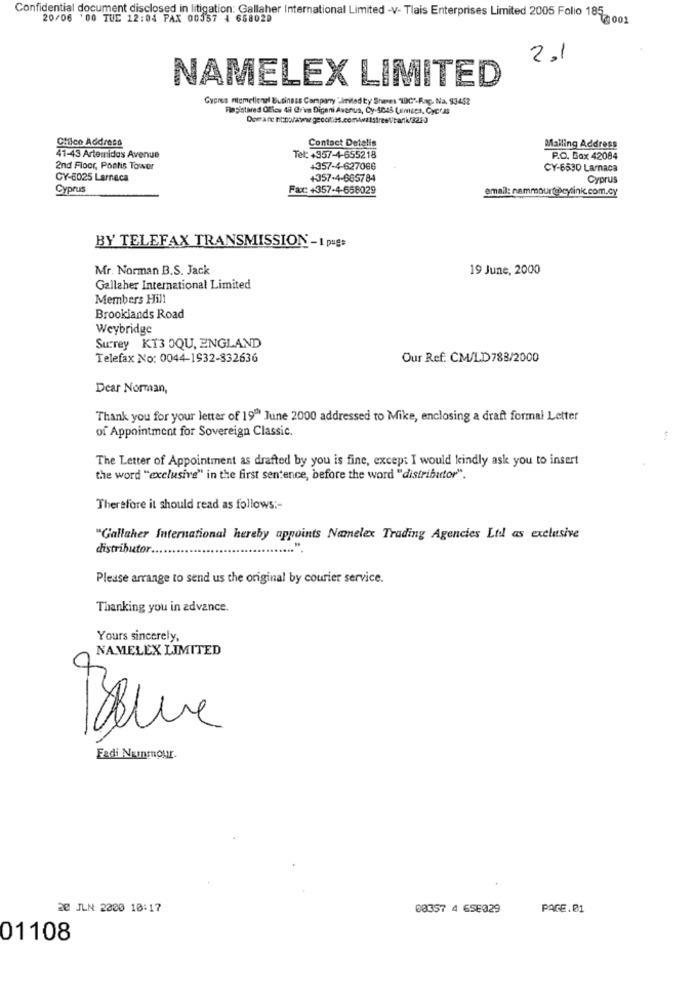
Confidential document disclosed in litigation: Gallaher International Limited -V- Tlais Enterprises Limited 2005 Folio 185
20/06 :00 TUE 12:04 PAX 00557 4 658029
2.1
NAMELEX LIMITED
Cypress ntemelleri Business Company "limited by Shees 100'-Rap. Na. 93452
Registared Clics 48 Grima Digani Avanus, Cy-5045 Limics, Cycra
Contact Detelis
Chalco Address
Mailing Address
41-43 Artemidas Avenue
Tel: +357-4-655218
P.O. Box 42084
2nd Floor, Poatis Tower
+357-4-627066
CY-6530 Larnaca
CY-6025 Larnaca
+357-4-665784
Cyprus
Cyprus
Fax: +357-4-658029
email: nammoure)cylinkc.com.cy
BY TELEFAX TRANSMISSION -1 pugs
Mr. Norman B.S. Jack
19 June, 2000
Gallaher International Limited
Members Hill
Brooklands Road
Weybridge
Surrey KI3 OQU, ENGLAND
Telefax No: 0044-1932-832636
Our Ref: CM/LD788/2000
Dear Norman,
Thank you for your letter of 190 June 2000 addressed to Mike, enclosing a draft formal Letter
of Appointment for Sovereign Classic.
The Letter of Appointment as drafted by you is fine, except I would kindly ask you to insert
the word "exclusive" in the first sentence, before the word "distributor".
Therefore it should read as follows :-
"Gallaher International hereby appoints Namelex Trading Agencies Ltd as exclusive
distributor.
Please arrange to send us the original by courier service.
Thanking you in advance.
Yours sincerely,
NAMELEX LIMITED
Fadi Nunmnour.
20 JLN 2000 10:17
00357 4 65E329
PAGE.01
01108